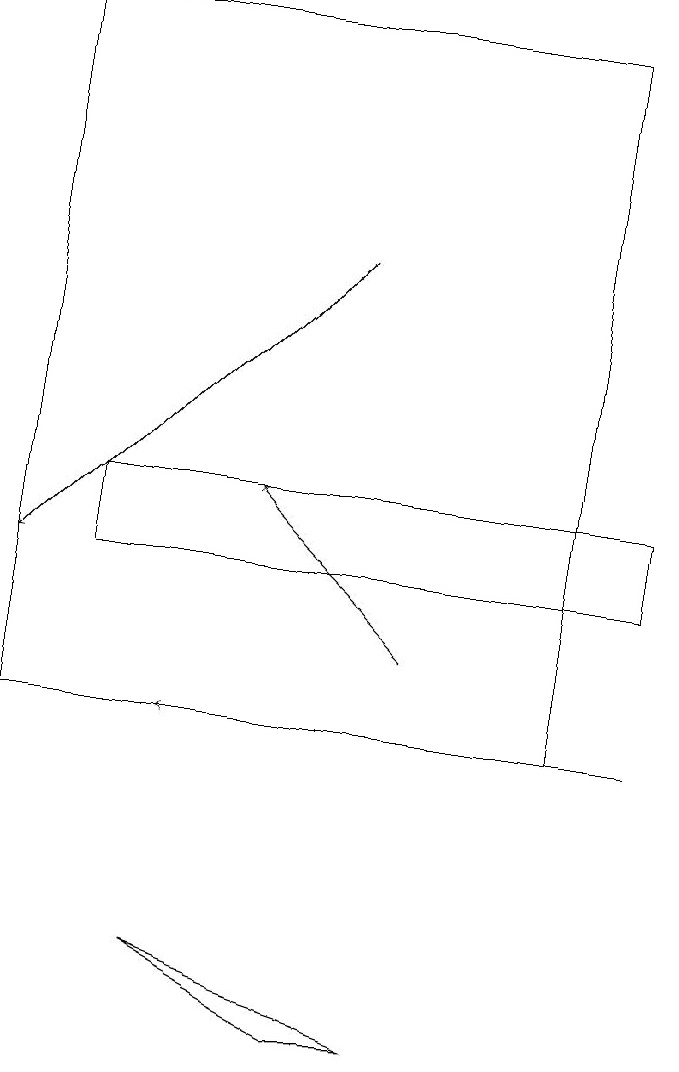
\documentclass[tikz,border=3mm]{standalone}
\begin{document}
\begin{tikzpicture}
\draw (7,19) rectangle (0,10);
\draw (8,13) rectangle (1,12);
\draw[->] (5,11) -- (3,13);
\draw[->] (8,10) -- (2,10);
\draw[->] (4,16) -- (0,12);
\draw (5,6) -- (2,7) -- (4,6) -- cycle;
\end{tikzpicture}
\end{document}